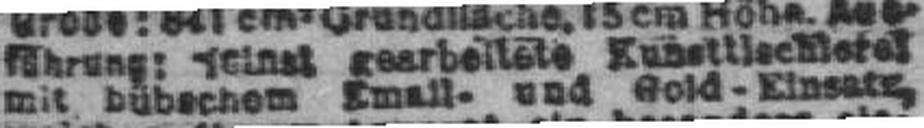
mit hübschem Email- und Gold - Einsatz,